Lunatic asylums in Bengal annual reports 1888-1898 - 1888-1898
Year: 1888
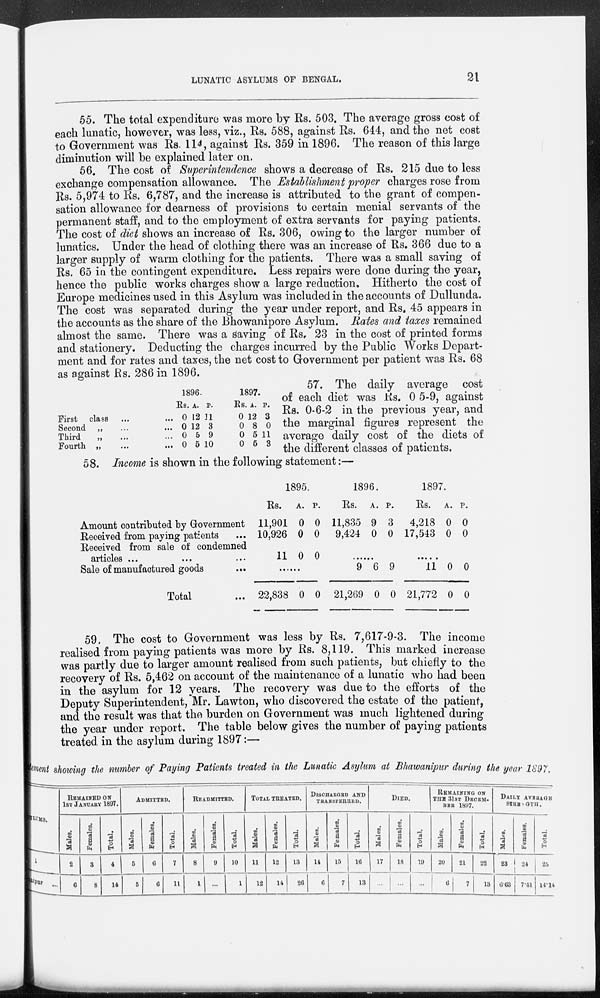
LUNATIC ASYLUMS OF BENGAL.
21
55. The total expenditure was more by Rs. 503. The average gross cost of
each lunatic, however, was less, viz., Rs. 588, against Rs. 644, and the net cost
to Government was Rs. 114, against Rs. 359 in 1896. The reason of this large
diminution will be explained later on.
56. The cost of Superintendence shows a decrease of Rs. 215 due to less
exchange compensation allowance. The Establishment proper charges rose from
Rs. 5,974 to Rs. 6,787, and the increase is attributed to the grant of compen-
sation allowance for dearness of provisions to certain menial servants of the
permanent staff, and to the employment of extra servants for paying patients.
The cost of diet shows an increase of Rs. 306, owing to the larger number of
lunatics. Under the head of clothing there was an increase of Rs. 366 due to a
larger supply of warm clothing for the patients. There was a small saving of
Rs. 65 in the contingent expenditure. Less repairs were done during the year,
hence the public works charges show a large reduction. Hitherto the cost of
Europe medicines used in this Asylum was included in the accounts of Dullunda.
The cost was separated during the year under report, and Rs. 45 appears in
the accounts as the share of the Bhowanipore Asylum. Rates and taxes remained
almost the same. There was a saving of Rs. 23 in the cost of printed forms
and stationery. Deducting the charges incurred by the Public Works Depart-
ment and for rates and taxes, the net cost to Government per patient was Rs. 68
as against Rs. 286 in 1896.
First class ... ...
Second „ ... ...
Third „ ... ...
Fourth
„
...
...
1896.
Rs.
0
0
0
0
A.
12
12
5
5
P.
11
3
9
10
1897.
Rs.
0
0
0
0
A.
12
8
5
5
P.
3
0
11
3
57. The daily average cost
of each diet was Rs. 0 5-9, against
Rs. 0-6-2 in the previous year, and
the marginal figures represent the
average daily cost of the diets of
the different classes of patients.
58. Income is shown in the following statement:—
Amount contributed by Government
Received from paying patients ...
Received from sale of condemned
articles ...
Sale of manufactured goods
Total ...
1895.
Rs.
11,901
10,926
11
A.
0
0
0
P.
0
0
0
......
22,838 0 0
1896.
Rs.
11,835
9,424
A.
9
0
P.
3
0
......
9
21,269
6
0
9
0
1897.
Rs.
4,218
17,543
A.
0
0
P.
0
0
......
11
21,772
0
0
0
0
59. The cost to Government was less by Rs. 7,617-9-3. The income
realised from paying patients was more by Rs. 8,119. This marked increase
was partly due to larger amount realised from such patients, but chiefly to the
recovery of Rs. 5,462 on account of the maintenance of a lunatic who had been
in the asylum for 12 years. The recovery was due to the efforts of the
Deputy Superintendent, Mr. Lawton, who discovered the estate of the patient,
and the result was that the burden on Government was much lightened during
the year under report. The table below gives the number of paying patients
treated in the asylum during 1897:—
Statement showing the number of Paying Patients treated in the Lunatic Asylum at Bhawanipur during the year 1897.
ASULUMS.
1
Bhawanipur ...
REMAINED ON
1ST JANUARY 1897.
Males.
2
6
Females.
3
8
Total.
4
14
ADMITTED.
Males.
5
5
Females.
6
6
Total.
7
11
READMITTED.
Males.
8
1
Females.
9
...
Total.
10
1
TOTAL TREATED.
Males.
11
12
Females.
12
14
Total.
13
26
DISCHARGED AND
TRANSFERRED.
Males.
14
6
Females.
15
7
Total.
16
13
DIED.
Males.
17
...
Females.
18
...
Total.
19
...
REMAINING ON
THE 31ST DECEM¬
BER 1897.
Males.
20
6
Females.
21
7
Total.
22
13
DAILY AVERAGE
STRENGTH.
Males.
23
6.63
Females.
24
7.51
Total.
25
14.14